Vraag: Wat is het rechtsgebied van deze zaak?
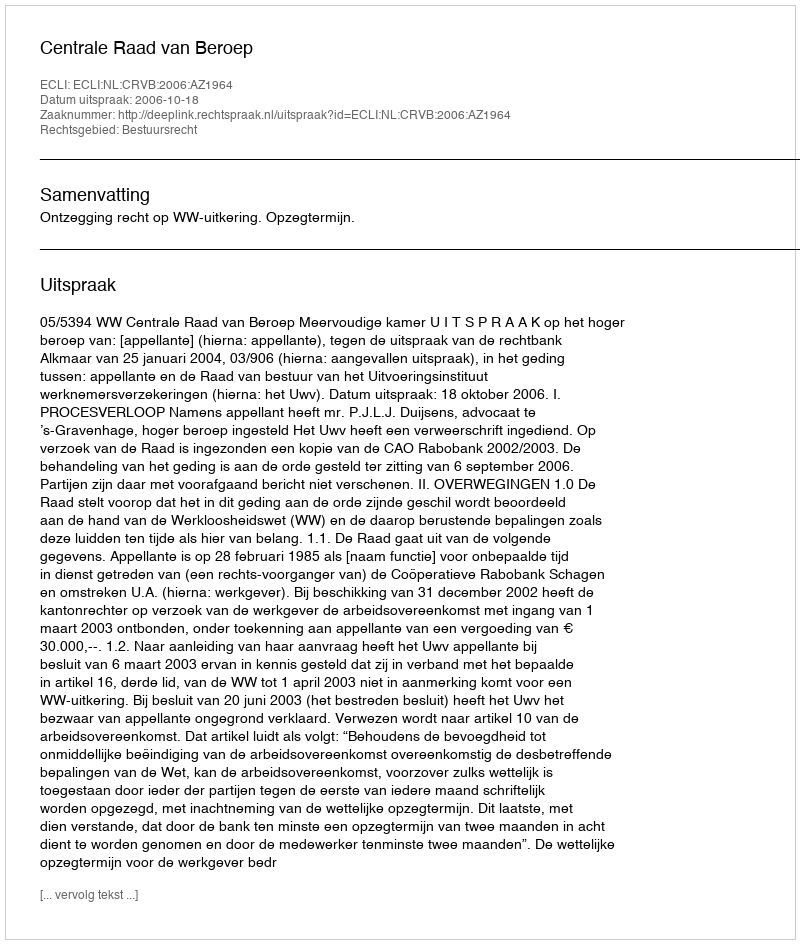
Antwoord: Bestuursrecht